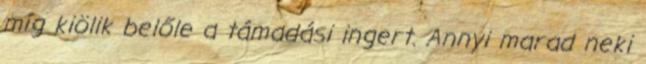
míg kiölik belőle a támadási ingert. Annyi marad neki